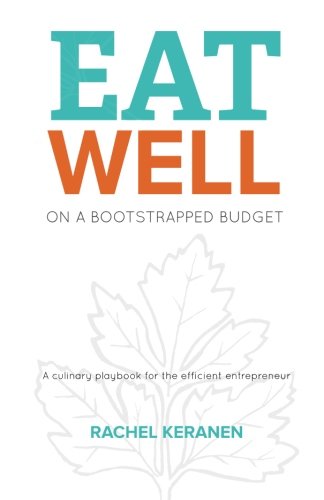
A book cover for Eat Well on a Bootstrapped Budget: A culinary playbook for the efficient entrepreneur; Rachel Keranen; Cookbooks, Food & Wine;